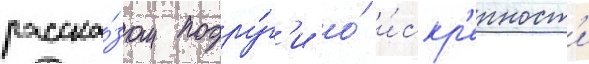
расска́зом подру́г'и о́ и́скр'енност'и